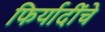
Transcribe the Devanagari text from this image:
फिर्यादींचे